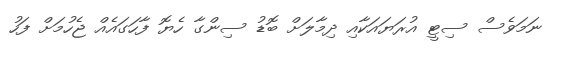
ނަމަވެސް ސިޓީ އުރަޔައަކާއި ދިމާލަށް ބޮޑު ސިންގާ ހެޔޮ ފާހަގައެއް ޖެހުމަށް ފަހު